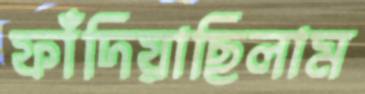
ফাঁদিয়াছিলাম